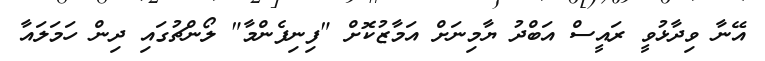
އޭނާ ވިދާޅުވީ ރައީސް އަބްދު ޔާމިނަށް އަމާޒުކޮށް "ފިނިފެންމާ" ލޯންޗުގައި ދިން ހަމަލައާ